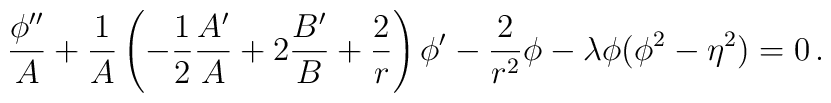
{\phi''\over A} +{1\over A}\left( -{1\over 2}{A'\over A}+2{B'\over B}+{2\over r}\right)\phi'-{2 \over r^2}\phi -\lambda\phi (\phi^2-\eta^2) =0\,.